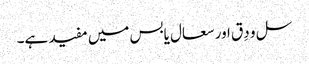
سل و دِق اور سعال یابس میں مفید ہے۔